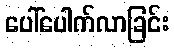
ပေါ်ပေါက်လာခြင်း